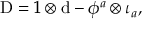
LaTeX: \mathrm { D } = 1 \otimes \mathrm { d } - \phi ^ { a } \otimes \iota _ { a } ,